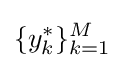
\{y_{k}^{*}\}_{k=1}^{M}